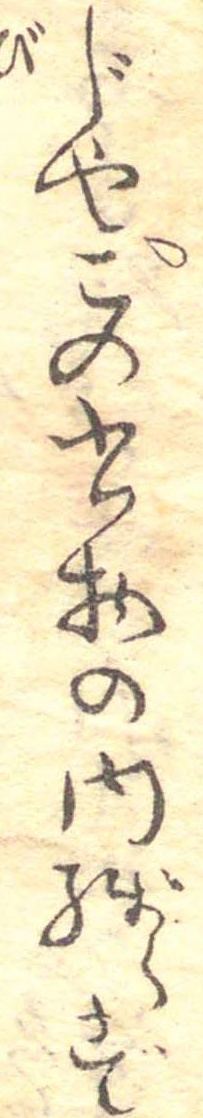
じやこの書物の内残らず